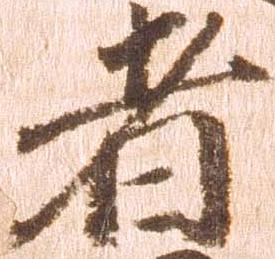
者